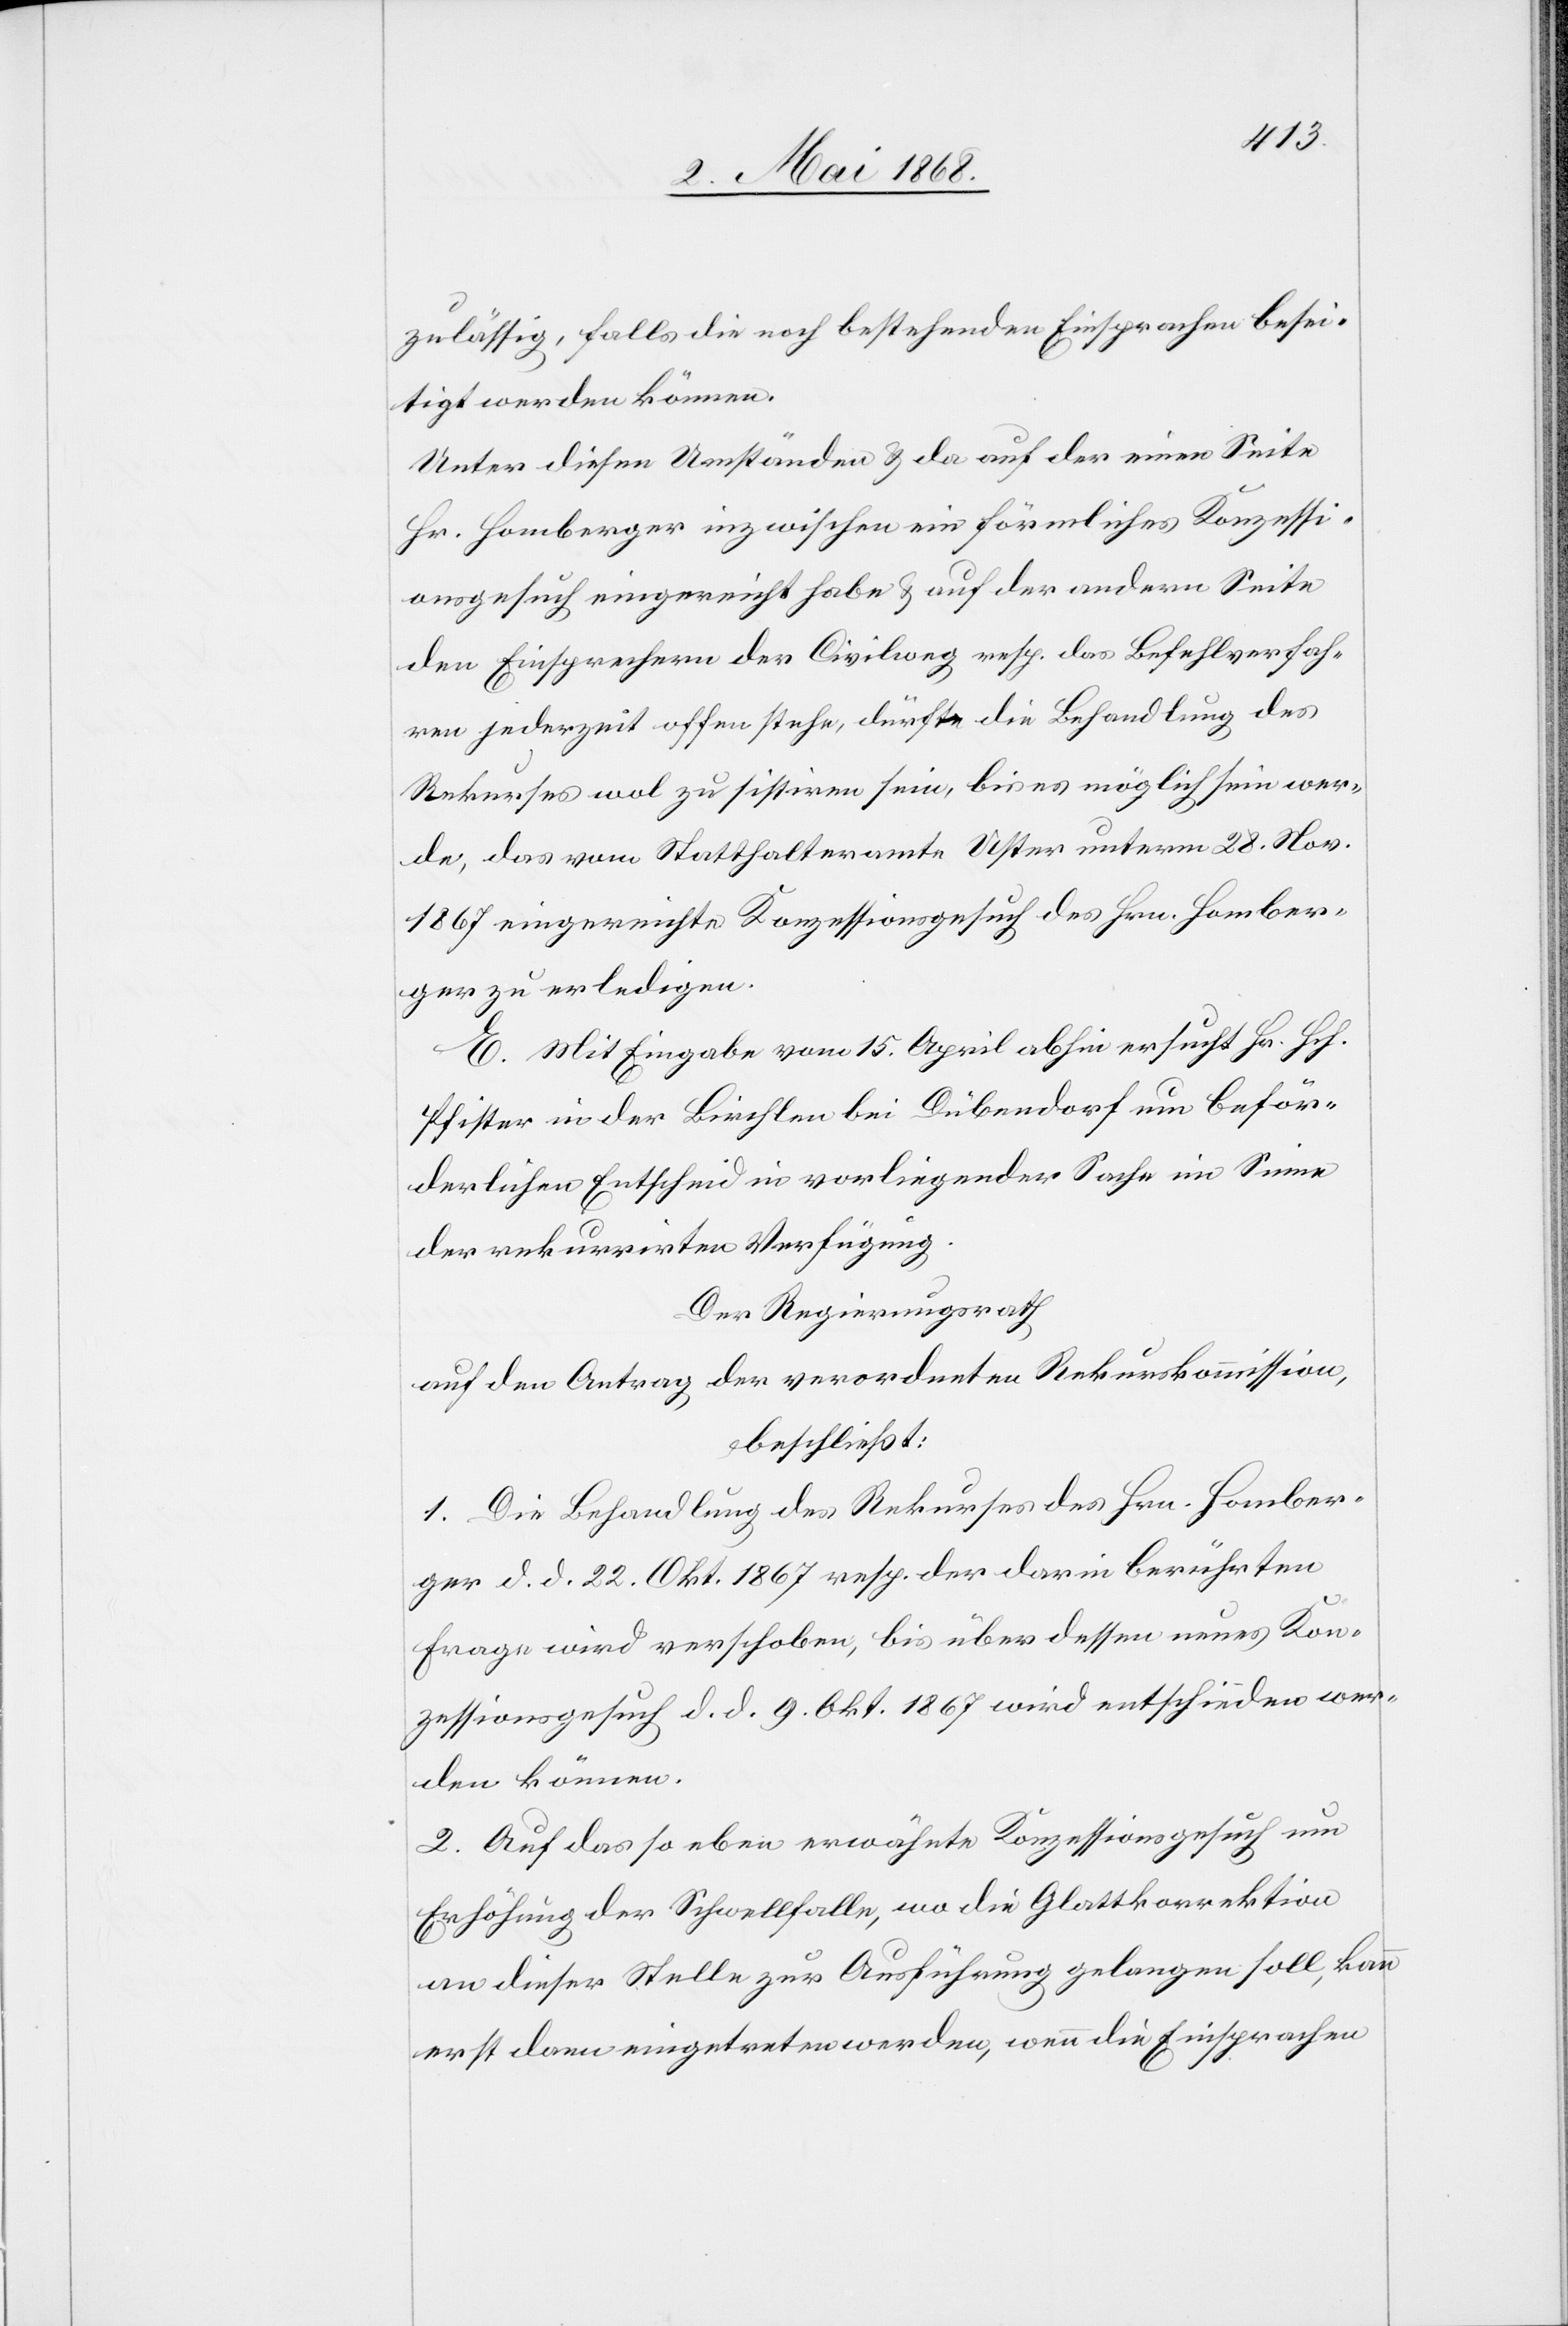
zulässig, falls die noch bestehenden Einsprachen besei¬
tigt werden können.
Unter diesen Umständen & da auf der einen Seite
Hr. Homberger inzwischen ein förmliches Konzessi¬
onsgesuch eingereicht habe & auf der andern Seite
den Einsprechern der Civilweg resp. das Befehlverfah¬
ren jederzeit offen stehe, dürfte die Behandlung des
Rekurses wol zu sistiren sein, bis es möglich sein wer¬
de, das vom Statthalteramte Uster unterm 28. Nov.
1867 eingereichte Konzessionsgesuch des Hrn. Homber¬
ger zu erledigen.
E. Mit Eingabe vom 15. April abhin ersucht Hr. Hch.
Pfister in der Birchlen bei Dübendorf um beför¬
derlichen Entscheid in vorliegender Sache im Sinne
der rekurrirten Verfügung.
Der Regierungsrath
auf den Antrag der verordneten Rekurskommission,
beschließt:
1. Die Behandlung des Rekurses des Hrn. Homber¬
ger d. d. 22. Okt. 1867 resp. der darin berührten
Frage wird verschoben, bis über dessen neues Kon¬
zessionsgesuch d. d. 9. Okt. 1867 wird entschieden wer¬
den können.
2. Auf das so eben erwähnte Konzessionsgesuch um
Erhöhung der Schwellfalle, wo die Glattkorrektion
an dieser Stelle zur Ausführung gelangen soll, kann
erst dann eingetreten werden, wenn die Einsprachen